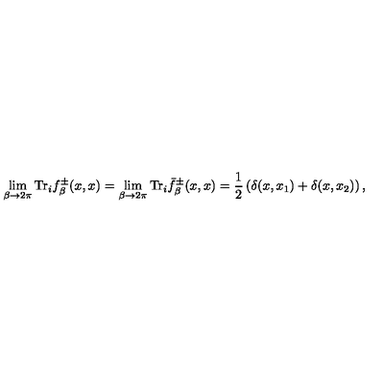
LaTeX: \lim _ { \beta \rightarrow 2 \pi } \mathrm { T r } _ { i } f _ { \beta } ^ { \pm } ( x , x ) = \lim _ { \beta \rightarrow 2 \pi } \mathrm { T r } _ { i } \bar { f } _ { \beta } ^ { \pm } ( x , x ) = \frac 1 2 \left( \delta ( x , x _ { 1 } ) + \delta ( x , x _ { 2 } ) \right) ,